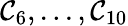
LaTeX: \mathcal{C}_{6},...,\mathcal{C}_{10}